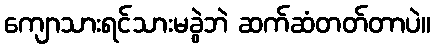
ကျောသားရင်သားမခွဲဘဲ ဆက်ဆံတတ်တာပဲ။